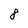
Character: 8